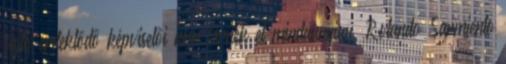
sajtó érdeklődő képviselői nem férnek el mindannyian. Rolando Sarmiento